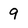
Character: 9